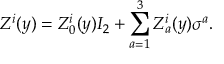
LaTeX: Z ^ { i } ( y ) = Z _ { 0 } ^ { i } ( y ) I _ { 2 } + \sum _ { a = 1 } ^ { 3 } Z _ { a } ^ { i } ( y ) \sigma ^ { a } .